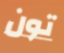
تون